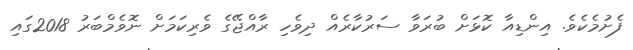
ފެށުމެކެވެ. އިންޑިއާ ކޮޅަށް ބުރަވާ ސަރުކާރެއް ދިވެހި ރާއްޖޭގެ ވެރިކަމަށް ނޮވެމްބަރު 2018ގައި